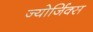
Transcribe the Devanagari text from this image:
ज्योर्जिक्स